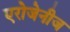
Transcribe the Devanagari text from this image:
एरोजेनीज